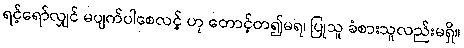
ရင့်ရော်လျှင် မပျက်ပါစေလင့် ဟု တောင့်တ၍မရ၊ ပြုသူ ခံစားသူလည်းမရှိ။